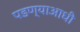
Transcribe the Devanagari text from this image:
पडण्याआधी